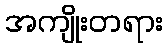
အကျိုးတရား